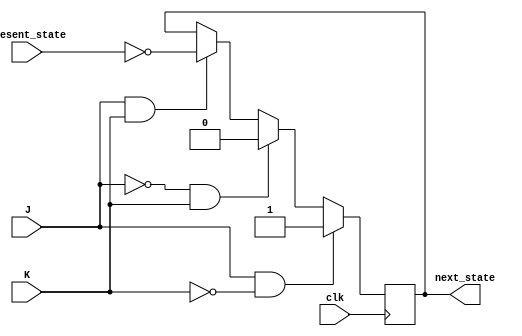
module jk_flip_flop(
    input J, // input to set the flip-flop
    input K, // input to reset the flip-flop
    input clk, // clock input triggering on the negative edge
    input present_state, // current state input
    output reg next_state // output for the next state
);

always @ (negedge clk)
begin
    if(J && ~K) // if J is 1 and K is 0, set the flip-flop
        next_state <= 1;
    else if(~J && K) // if J is 0 and K is 1, reset the flip-flop
        next_state <= 0;
    else if(J && K) // if J and K are both 1, toggle the flip-flop
        next_state <= ~present_state;
    
end

endmodule